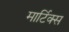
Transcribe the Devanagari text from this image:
मार्टिक्स